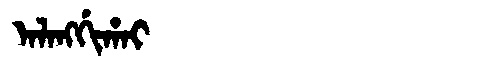
Manchu: ᠠᠯᠠᠩᡤᡳᡥᠠᡳ
Romanization: ALANGGIHAI